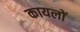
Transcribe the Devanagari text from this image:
कायलों